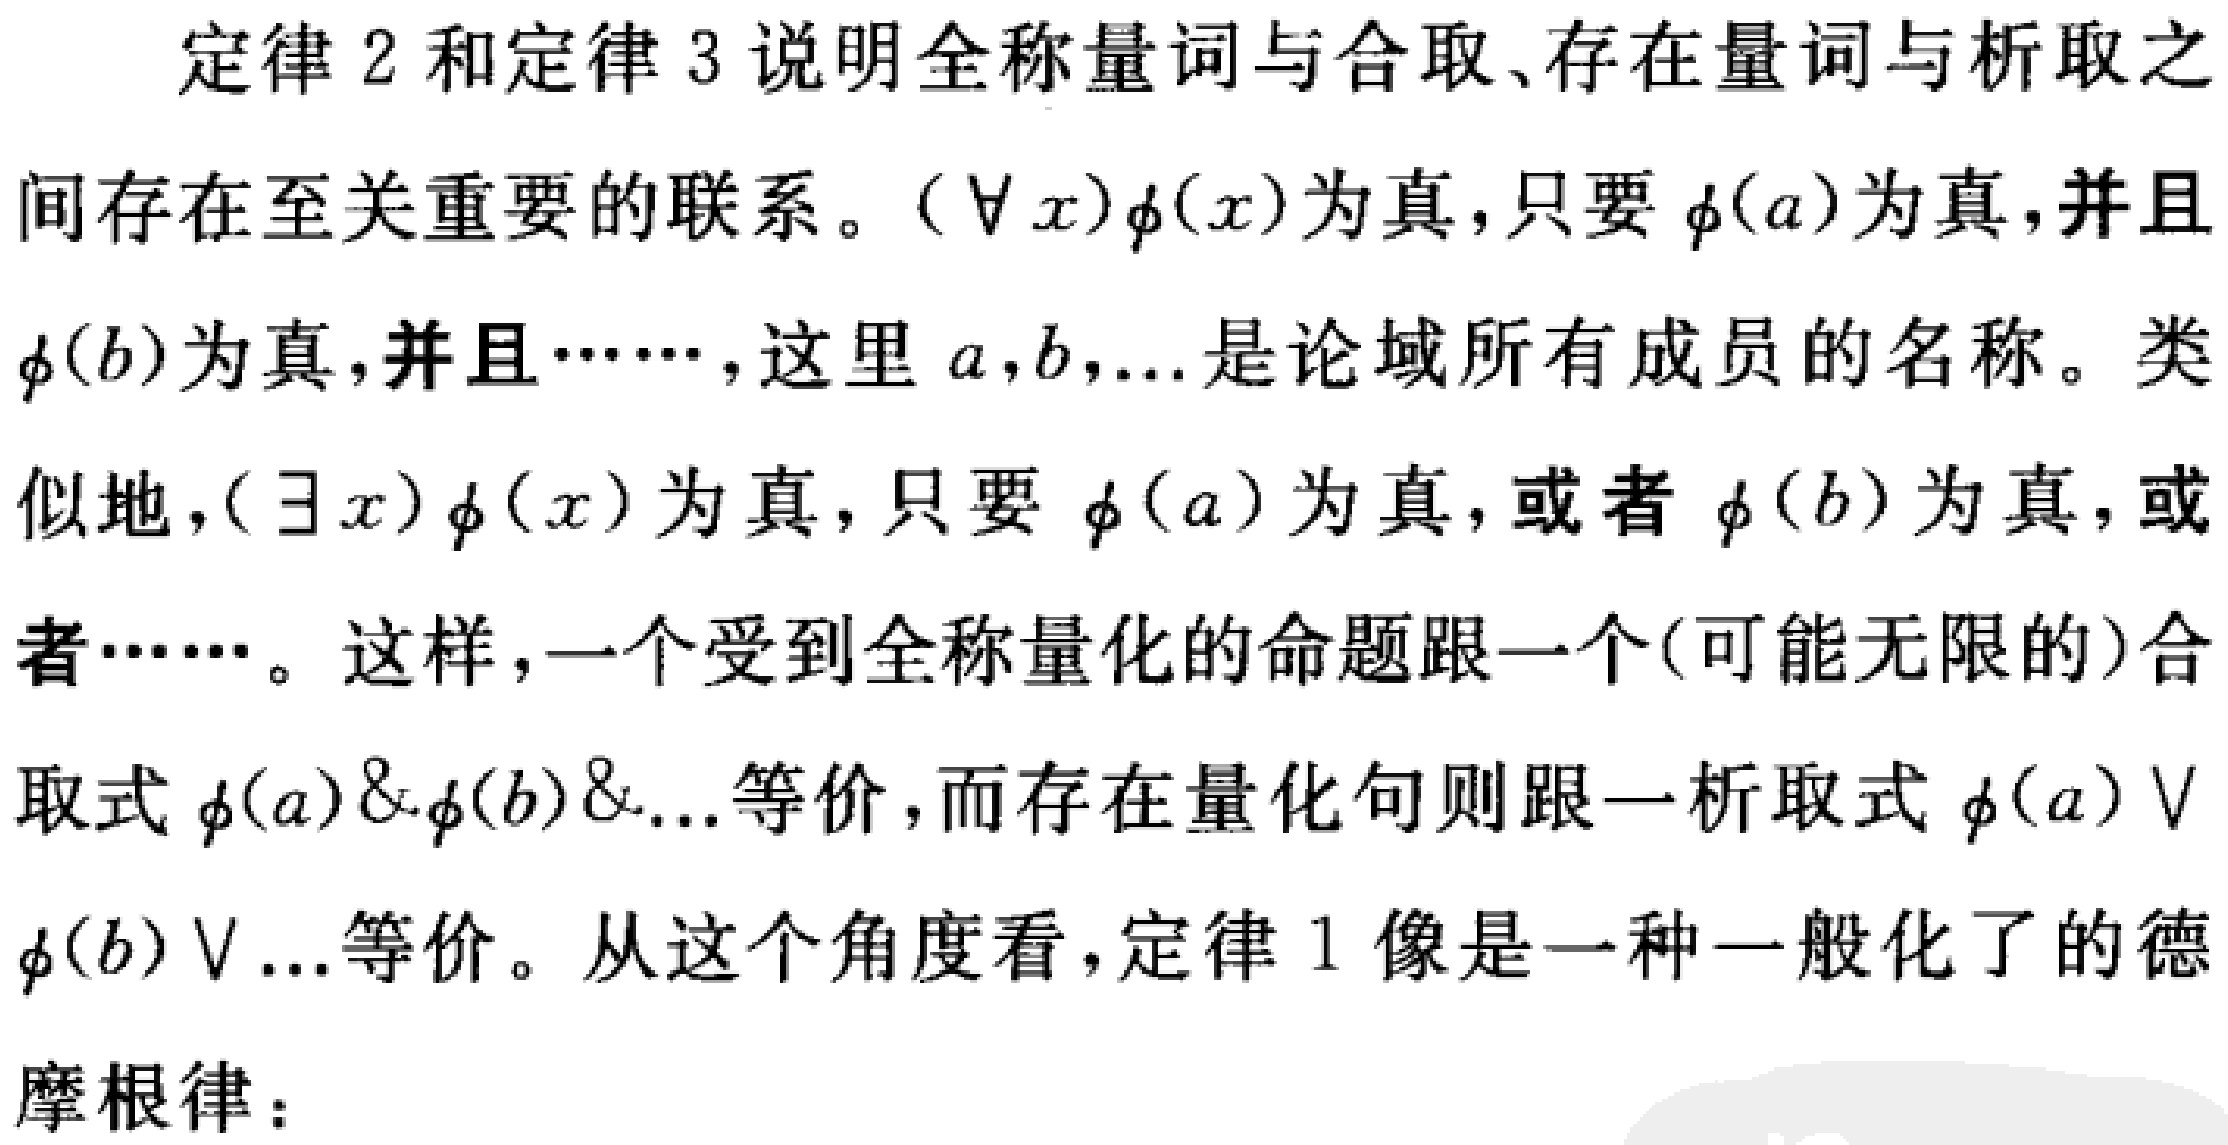
定律 2 和定律 3 说明全称量词与合取、存在量词与析取之间存在至关重要的联系。$(\forall x)\phi(x)$为真，只要$\phi(a)$为真，并且$\phi(b)$为真，并且……，这里$a,b,...$是论域所有成员的名称。类似地，$(\exists x)\phi(x)$为真，只要$\phi(a)$为真，或者$\phi(b)$为真，或者……。这样，一个受到全称量化的命题跟一个(可能无限的)合取式$\phi(a)\&\phi(b)\&...$等价，而存在量化句则跟一析取式$\phi(a)\vee\phi(b)\vee...$等价。从这个角度看，定律 1 像是一种一般化了的德摩根律：